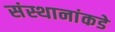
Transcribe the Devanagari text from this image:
संस्थानांकडे